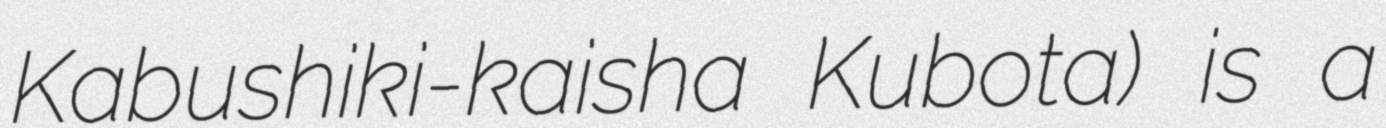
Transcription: Kabushiki-kaisha Kubota) is a